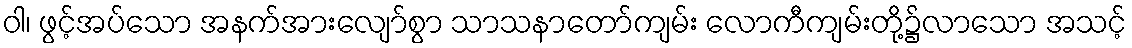
ဝါ၊ ဖွင့်အပ်သော အနက်အားလျော်စွာ သာသနာတော်ကျမ်း လောကီကျမ်းတို့၌လာသော အသင့်